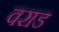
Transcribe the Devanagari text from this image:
वराड